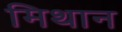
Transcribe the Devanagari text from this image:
मिथान